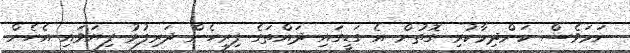
ނަމަވެސް ކަންދިމާކުރި ގޮތުން އެ ގަޑީގައި ދައްތަގެ ފިރިހެން ދަރިފުޅު ފިޔަވައި އެހެން